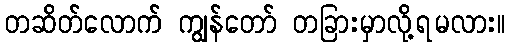
တဆိတ်လောက် ကျွန်တော် တခြားမှာလို့ရမလား။